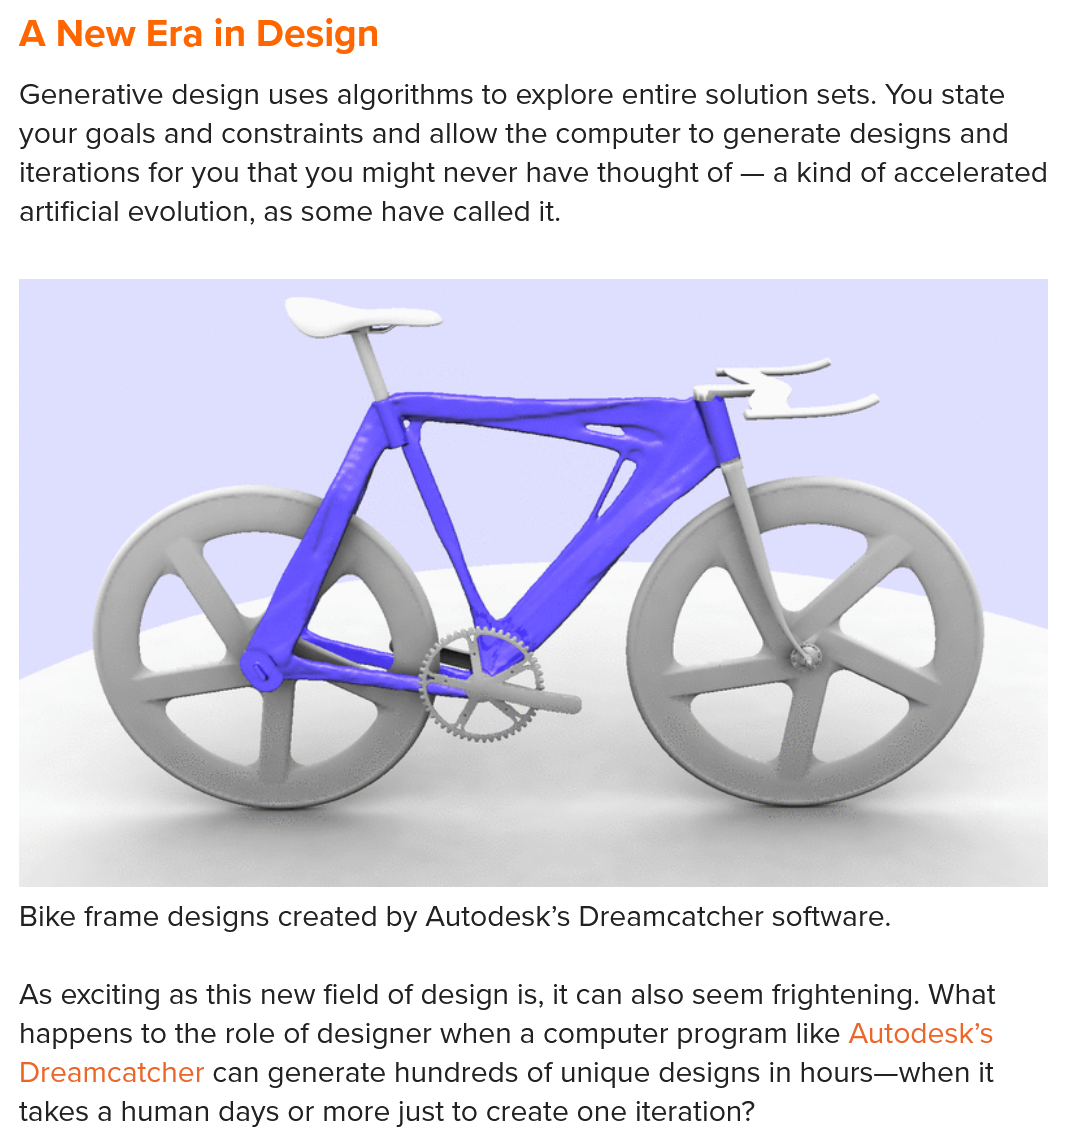
A New Era  in   Design
  Generative design uses algorithms to explore entire solution sets. You state
  your goals and constraints and allow the computer to generate designs and
  iterations for you that you might never have thought of
     — a kind of accelerated
  artificial evolution, as some have called it.
  As exciting as this new field of design is, it can also seem frightening. What
  happens to the role of designer when a computer program like Autodesk’s
  Dreamcatcher can generate hundreds of unique designs in hours—when it
  takes a human days or more just to create one iteration?
  Bike frame designs created by Autodesk’s Dreamcatcher software.